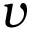
v